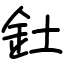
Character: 釷